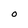
Character: O